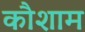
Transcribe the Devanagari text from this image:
कौशाम